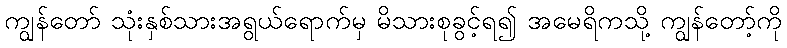
ကျွန်တော် သုံးနှစ်သားအရွယ်ရောက်မှ မိသားစုခွင့်ရ၍ အမေရိကသို့ ကျွန်တော့်ကို